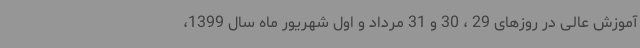
آموزش عالی در روزهای 29 ، 30 و 31 مرداد و اول شهریور ماه سال 1399،